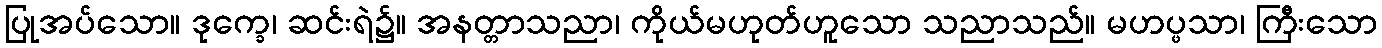
ပြုအပ်သော။ ဒုက္ခေ၊ ဆင်းရဲ၌။ အနတ္တာသညာ၊ ကိုယ်မဟုတ်ဟူသော သညာသည်။ မဟပ္ဖသာ၊ ကြီးသော